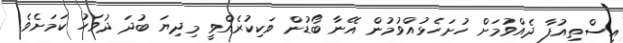
އިސްތިއުފާ ދެއްވުމަށް ހުށަހެޅުއްވުމުން އޭނާ ބޯޑުން ވަކިކުރެއްވީ މިދިޔަ ބުދަ ދުވަހު ކަމަށެވެ.